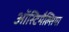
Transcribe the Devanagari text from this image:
ऑस्टिमैल्सिया